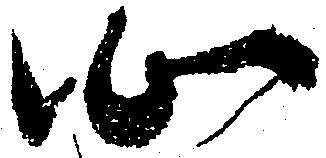
心